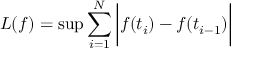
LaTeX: L ( f ) = \operatorname* { s u p } \sum _ { i = 1 } ^ { N } { \bigg | } f ( t _ { i } ) - f ( t _ { i - 1 } ) { \bigg | }